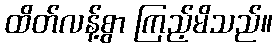
ထိတ်လန့်စွာ ကြည့်မိသည်။